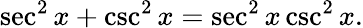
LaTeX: \sec^{2}x+\csc^{2}x=\sec^{2}x\csc^{2}x.